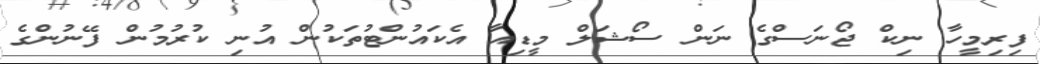
ފިރިމީހާ ނިކް ޖޯނަސްގެ ނަން ސޯޝަލް މީޑިއާ އެކައުންޓުތަކުން އުނި ކުރުމުން ފޭނުންގެ